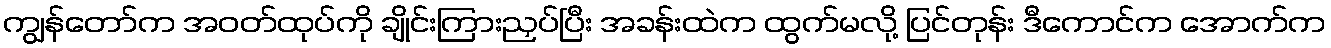
ကျွန်တော်က အဝတ်ထုပ်ကို ချိုင်းကြားညှပ်ပြီး အခန်းထဲက ထွက်မလို့ ပြင်တုန်း ဒီကောင်က အောက်က